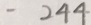
- 2 4 4